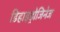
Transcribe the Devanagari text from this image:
डिहाइड्रोजिनेज